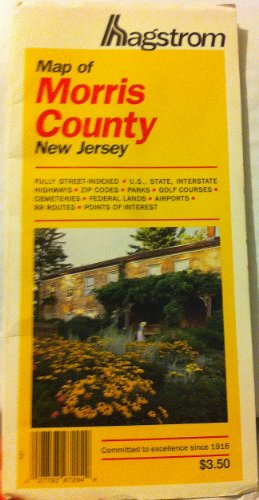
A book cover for Map of Morris County, New Jersey: Fully Street-Indexed, U.S., State, Interstate Highways ... Points of Interest (120); Hagstrom Map Company; Travel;